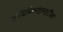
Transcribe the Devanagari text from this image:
ताजिकिस्तानातील